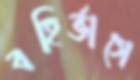
বহির্ভাগে